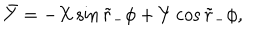
LaTeX: \bar { Y } = - X \sin \tilde { r } _ { - } \phi + Y \cos \tilde { r } _ { - } \phi ,